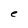
Character: e